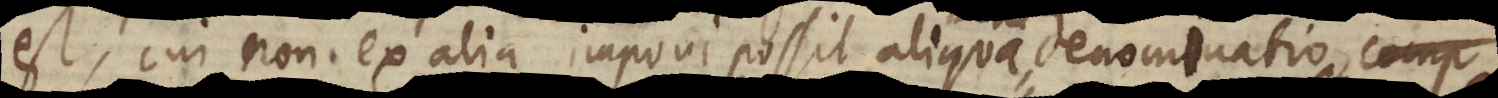
est, cui non ex alia imponi possit aliqua denominatio,